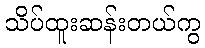
သိပ်ထူးဆန်းတယ်ကွ